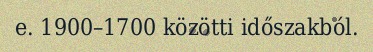
e. 1900–1700 közötti időszakból.